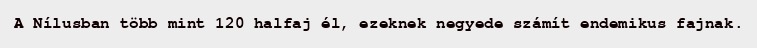
A Nílusban több mint 120 halfaj él, ezeknek negyede számít endemikus fajnak.